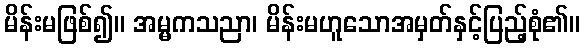
မိန်းမဖြစ်၍။ အမ္မကသညာ၊ မိန်းမဟူသောအမှတ်နှင့်ပြည့်စုံ၏။